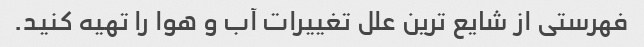
فهرستی از شایع ترین علل تغییرات آب و هوا را تهیه کنید.